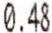
0.48